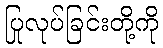
ပြုလုပ်ခြင်းတို့ကို